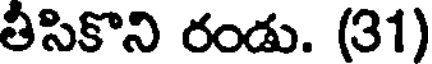
తీసికొని రండు. (31)